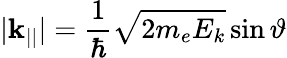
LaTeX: |\mathbf{k}_{||}|={\frac{1}{\hbar}}{\sqrt{2m_{e}E_{k}}}\sin\vartheta